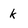
Character: k